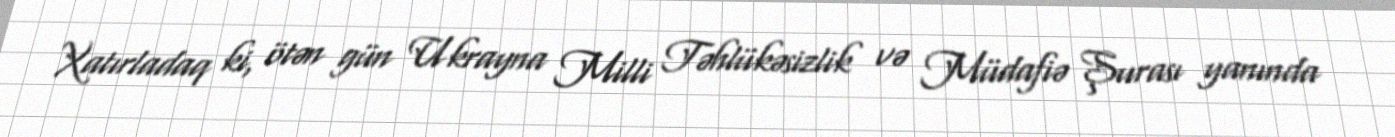
Xatırladaq ki, ötən gün Ukrayna Milli Təhlükəsizlik və Müdafiə Şurası yanında